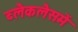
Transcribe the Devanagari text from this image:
ब्लैकलैसमें